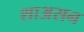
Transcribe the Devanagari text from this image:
शाअसन